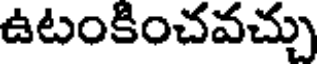
ఉటంకించవచ్చు